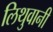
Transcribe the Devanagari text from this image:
लिथुवानी